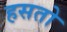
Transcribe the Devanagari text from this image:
हसतो